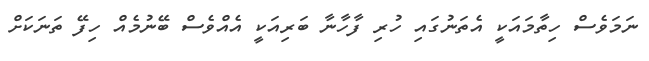
ނަމަވެސް ހިތާމައަކީ އެތަނުގައި ހުރި ފާހާނާ ބަރިއަކީ އެއްވެސް ބޭނުމެއް ހިފޭ ތަނަކަށް